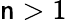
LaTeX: \mathsf{n}>1